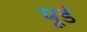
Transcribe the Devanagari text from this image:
पूडे